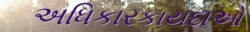
અધિકારકાયદાઓ